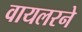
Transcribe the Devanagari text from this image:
वायलरने